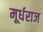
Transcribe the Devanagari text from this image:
मूर्धराज